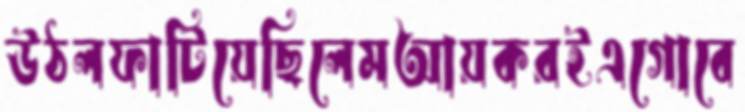
উঠলফাটিয়েছিলেমআয়করইএগোবে